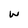
Character: w